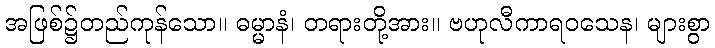
အဖြစ်၌တည်ကုန်သော။ ဓမ္မာနံ၊ တရားတို့အား။ ဗဟုလီကာရဝသေန၊ များစွာ